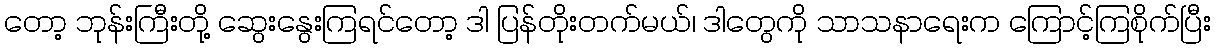
တော့ ဘုန်းကြီးတို့ ဆွေးနွေးကြရင်တော့ ဒါ ပြန်တိုးတက်မယ်၊ ဒါတွေကို သာသနာရေးက ကြောင့်ကြစိုက်ပြီး